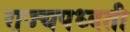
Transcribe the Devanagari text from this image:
राज्यपध्दती